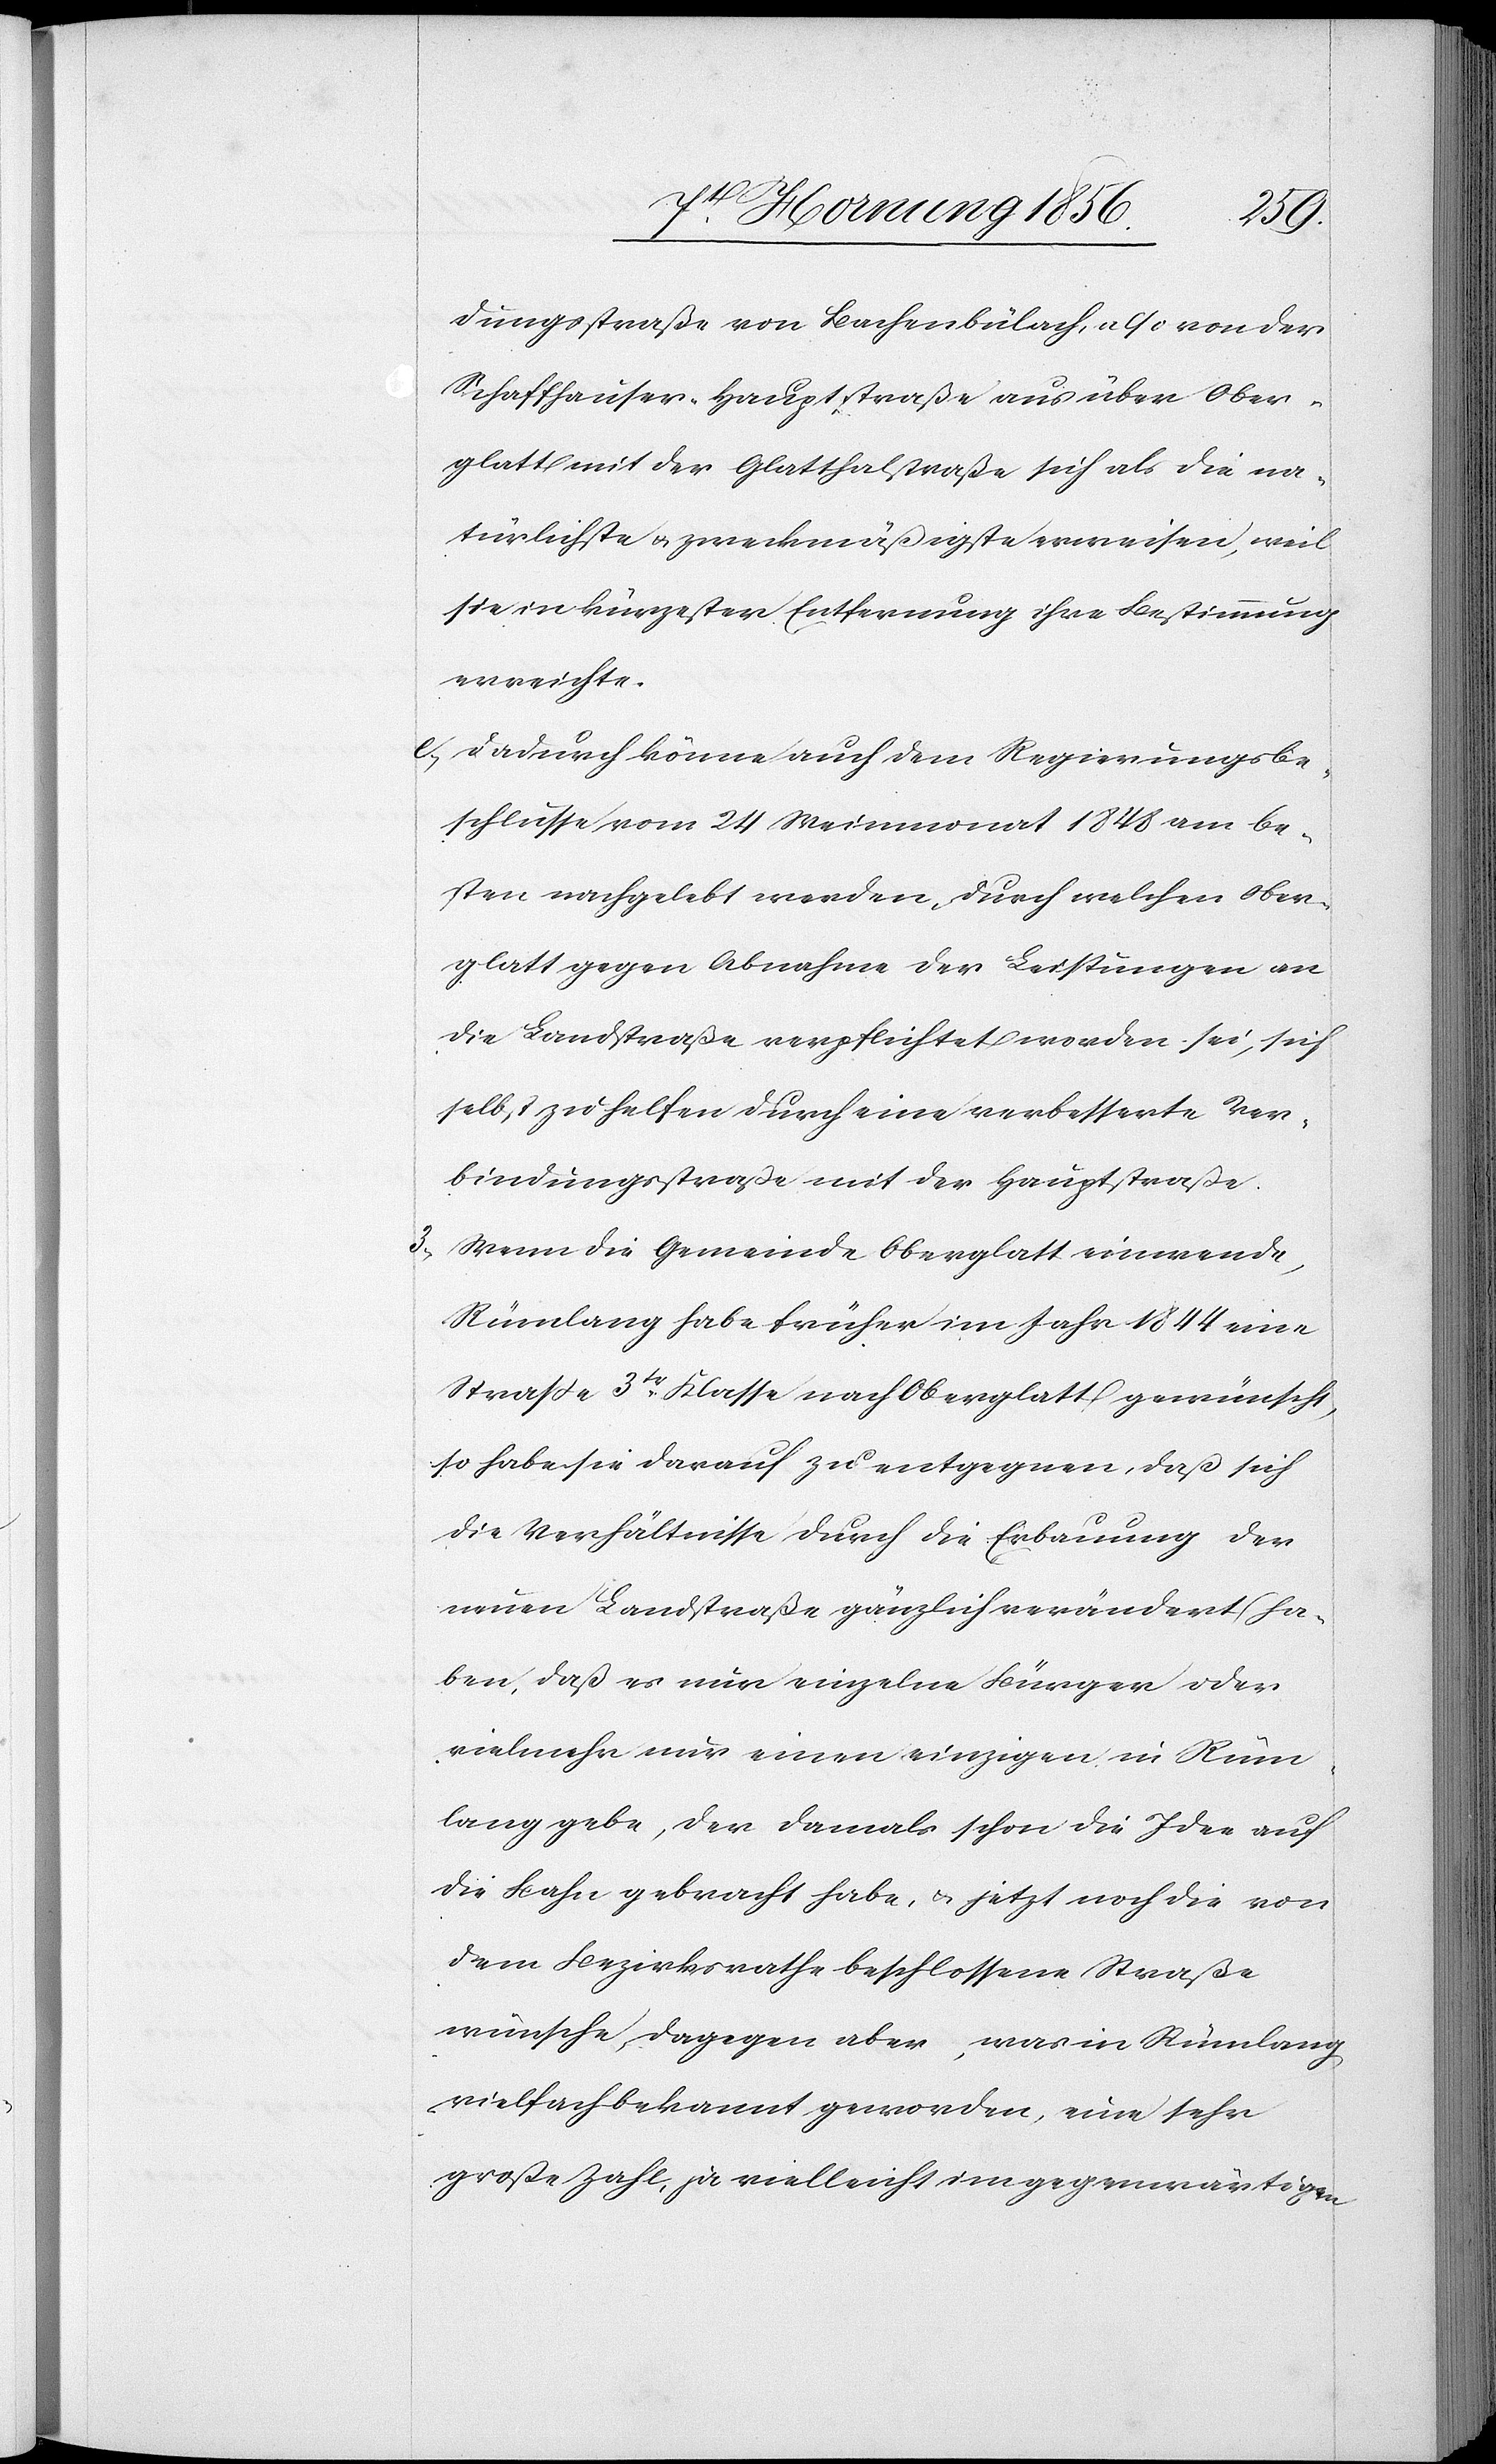
dungsstraße von Bachenbülach, also von der
Schaffhauser-Hauptstraße aus über Ober¬
glatt mit der Glatthalstraße sich als die na¬
türlichste u. zweckmäßigste erweisen, weil
sie in kürzester Entfernung ihre Bestimmung
erreichte.
e., Dadurch könne auch dem Regierungsbe¬
schlusse vom 24 Weinmonat 1848 am be¬
sten nachgelebt werden, durch welchen Ober¬
glatt gegen Abnahme der Leistungen an
die Landstraße verpflichtet worden sei, sich
selbst zu helfen durch eine verbesserte Ver¬
bindungsstraße mit der Hauptstraße.
3., Wenn die Gemeinde Oberglatt einwende,
Rümlang habe früher im Jahr 1844 eine
Straße 3tr Klasse nach Oberglatt gewünscht,
so habe sie darauf zu entgegnen, daß sich
die Verhältnisse durch die Erbauung der
neuen Landstraße gänzlich verändert ha¬
ben, daß es nur einzelne Bürger oder
vielmehr nur einen einzigen in Rüm¬
lang gebe, der damals schon die Idee auf
die Bahn gebracht habe, u. jetzt noch die von
dem Bezirksrathe beschlossene Straße
wünsche, dagegen aber, was in Rümlang
vielfach bekannt geworden, eine sehr
große Zahl, ja vielleicht im gegenwärtigen